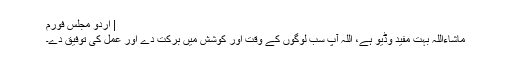
| اردو مجلس فورم
ماشاءاللہ بہت مفید وڈیو ہے، اللہ آپ سب لوگوں کے وقت اور کوشش میں برکت دے اور عمل کی توفیق دے۔